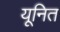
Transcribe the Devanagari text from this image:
यूनित